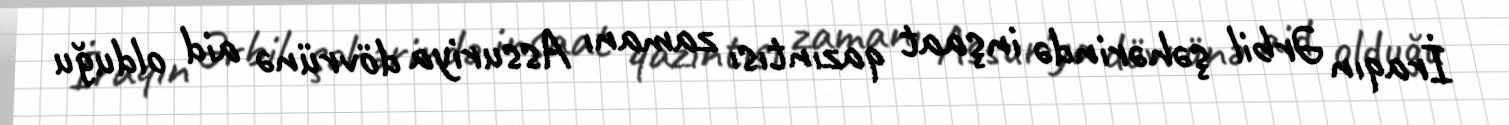
İraqın Ərbil şəhərində inşaat qazıntısı zamanı Assuriya dövrünə aid olduğu